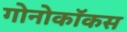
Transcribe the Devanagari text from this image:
गोनोकॉकस